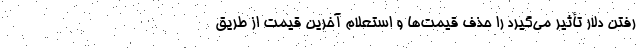
رفتن دلار تأثیر می‌گیرد را حذف قیمت‌ها و استعلام آخرین قیمت از طریق